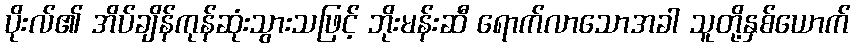
ပိုးလ်၏ အိပ်ချိန်ကုန်ဆုံးသွားသဖြင့် ဘိုးမန်းဆီ ရောက်လာသောအခါ သူတို့နှစ်ယောက်